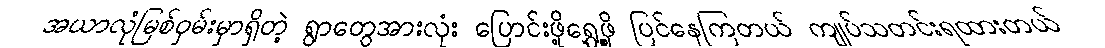
အယာလုံမြစ်ဝှမ်းမှာရှိတဲ့ ရွာတွေအားလုံး ပြောင်းဖို့ရွှေ့ဖို့ ပြင်နေကြတယ် ကျုပ်သတင်းရထားတယ်